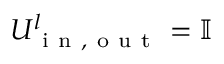
U _ { \mathrm { ~ i ~ n ~ , ~ o ~ u ~ t ~ } } ^ { l } = \mathbb { I }